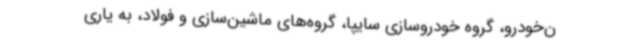
ن‌خودرو، گروه خودروسازی سایپا، گروه‌های ماشین‌سازی و فولاد، به یاری